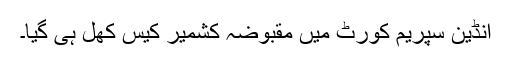
انڈین سپریم کورٹ میں مقبوضہ کشمیر کیس کُھل ہی گیا۔